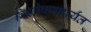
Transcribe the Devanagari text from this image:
विश्लेषणापर्यंत